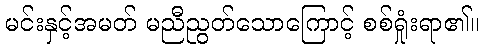
မင်းနှင့်အမတ် မညီညွတ်သောကြောင့် စစ်ရှုံးရာ၏။